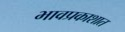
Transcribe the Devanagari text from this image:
भावप्रकाशात